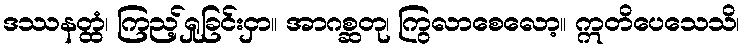
ဒဿနတ္ထံ၊ ကြည့်ရှုခြင်းငှာ။ အာဂစ္ဆတု၊ ကြွလာစေလော့။ ဣတိပေသေသိ၊